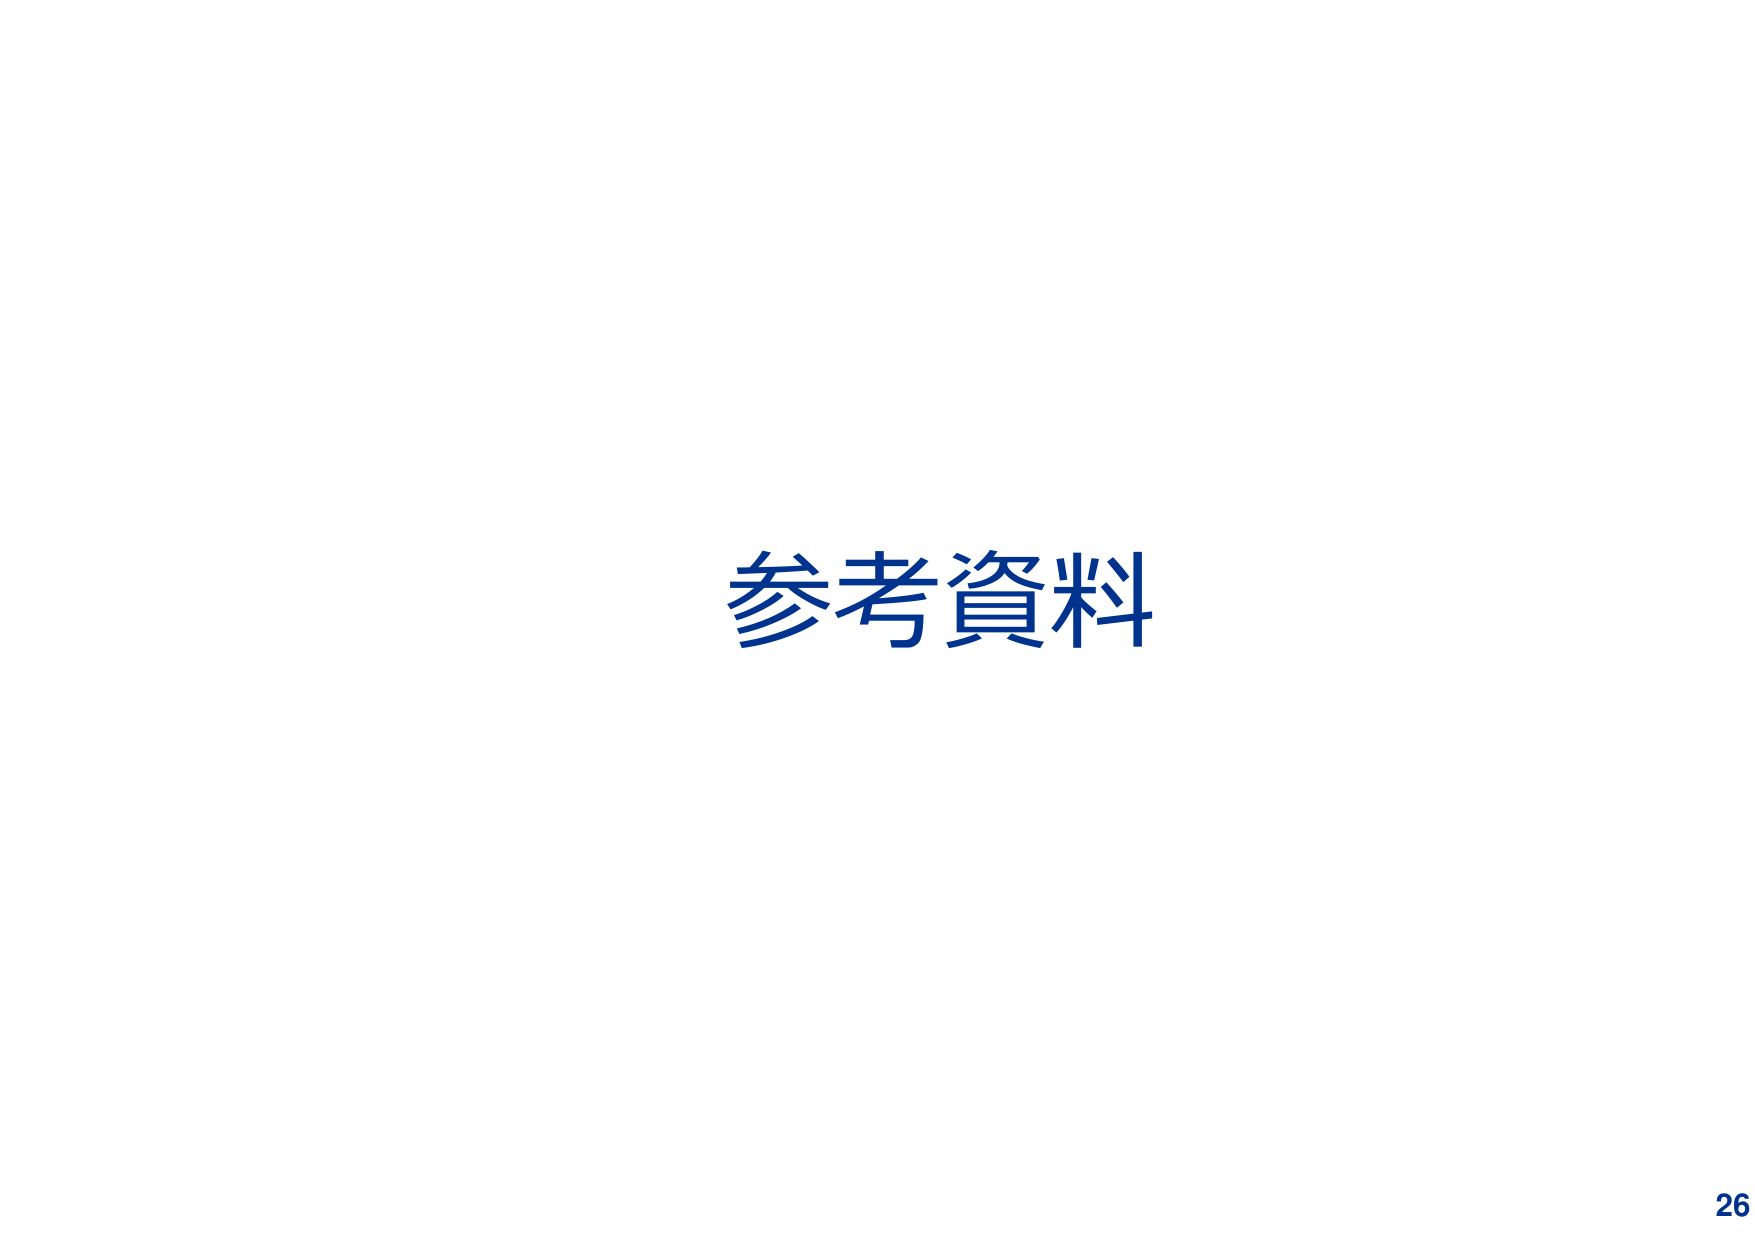
参考資料
26